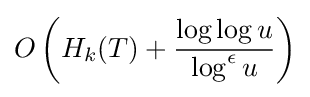
O\left(H_{k}(T)+{{\log \log u} \over {\log ^{\epsilon }u}}\right)